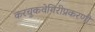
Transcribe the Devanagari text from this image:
करचुकवेगिरीप्रकरणी